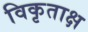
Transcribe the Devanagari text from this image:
विकृताक्ष